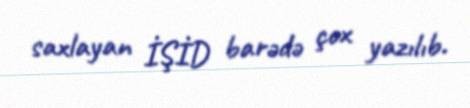
saxlayan İŞİD barədə çox yazılıb.